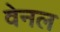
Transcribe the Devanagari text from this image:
वेनल